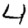
Digit: 4